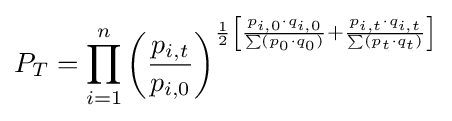
P_{T}=\prod _{i=1}^{n}\left({\frac {p_{i,t}}{p_{i,0}}}\right)^{{\frac {1}{2}}\left[{\frac {p_{i,0}\cdot q_{i,0}}{\sum (p_{0}\cdot q_{0})}}+{\frac {p_{i,t}\cdot q_{i,t}}{\sum (p_{t}\cdot q_{t})}}\right]}